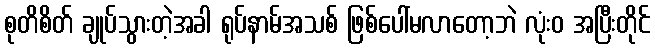
စုတိစိတ် ချုပ်သွားတဲ့အခါ ရုပ်နာမ်အသစ် ဖြစ်ပေါ်မလာတော့ဘဲ လုံးဝ အပြီးတိုင်